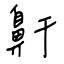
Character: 鼾